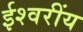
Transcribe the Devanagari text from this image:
ईश्वरींय